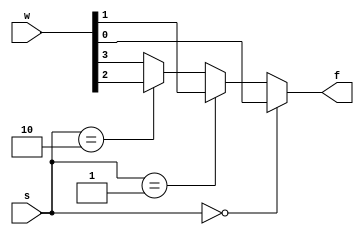
module q1(s,w,f);
input [1:0] s;
input [3:0] w;
output f;
reg f;

always@(s,w) begin
if (s==0)
f=w[0];
else if (s==1)
f=w[1];
else if (s==2)
f=w[2];
else
f=w[3];
end
endmodule